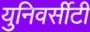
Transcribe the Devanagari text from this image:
युनिवर्सीटी